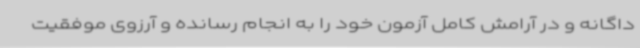
داگانه و در آرامش کامل آزمون خود را به انجام رسانده و آرزوی موفقیت